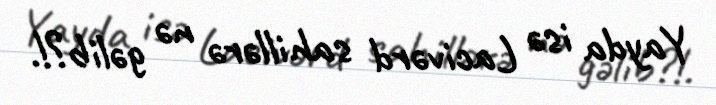
Yayda isə Lacivərd sahillərə nə gəlib?!.